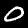
Label: 0